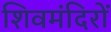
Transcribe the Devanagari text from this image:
शिवमंदिरों